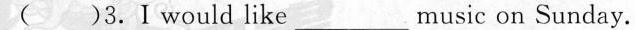
()3 .I would like ___ music on Sunday.